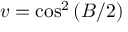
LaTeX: v = \cos ^ { 2 } \left( B / 2 \right)